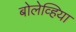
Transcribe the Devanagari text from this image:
बोलेव्हिया